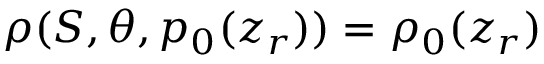
\rho ( S , \theta , p _ { 0 } ( z _ { r } ) ) = \rho _ { 0 } ( z _ { r } )